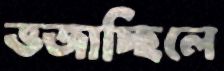
ভজাচ্ছিলে